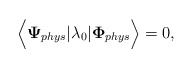
\begin{align*}{\bf \Big<}{\bf\Psi}_{phys}|\lambda_0|{\bf \Phi}_{phys}{\bf \Big>}=0,\end{align*}